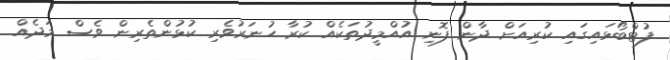
ފުޓްބޯޅައިގައި ކުރިއަށް ދާން ފޮނި އުއްމީދުތަކެއް ކުރާ ހުނަރުވެރި ކުޅުންތެރިން ވެސް މަދެއް